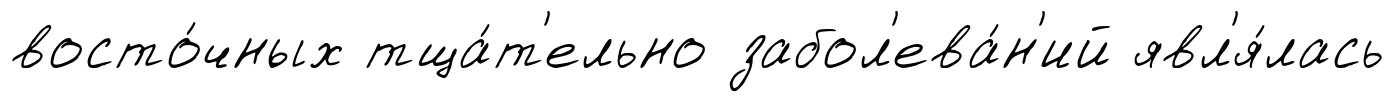
восто́чных тща́т'ельно забол'ева́н'ий явл'я́лась